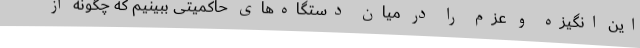
این انگیزه و عزم را در میان دستگاه‌های حاکمیتی ببینیم که چگونه از